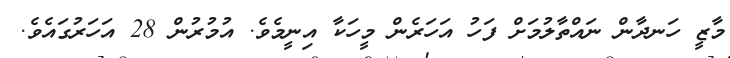
މާޒީ ހަނދާން ނައްތާލުމަށް ފަހު އަހަރެން މީހަކާ އިނީމެވެ. އުމުރުން 28 އަހަރުގައެވެ.